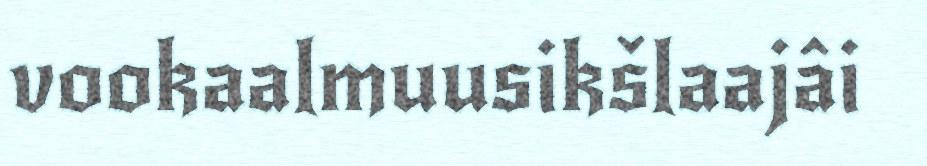
vookaalmuusikšlaajâi